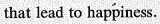
that lead to happiness.